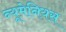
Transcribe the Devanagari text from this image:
न्यूमेनियस